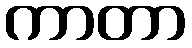
ကာတာ